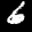
Label: 6